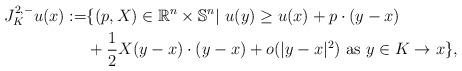
LaTeX: \begin{align*}J_K^{2,-}u(x) := & \{(p,X)\in \mathbb{R}^n \times \mathbb{S}^n| \ u(y)\ge u(x) + p\cdot (y-x) \\ & + \frac{1}{2}X(y-x) \cdot (y-x) + o(|y-x|^2) \ {\rm as} \ y\in K\rightarrow x\}, \end{align*}